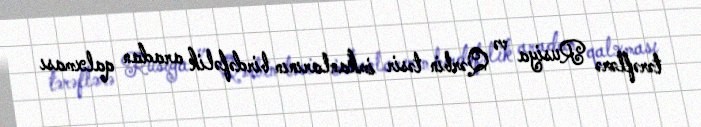
tərəflərə Rusiya və Qərbin təsir imkanlarının birdəfəlik aradan qalxması